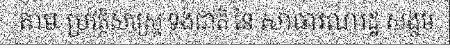
តាម ប្រវត្តិសាស្ត្រ ទង់ជាតិ នៃ សាធារណរដ្ឋ សង្គម